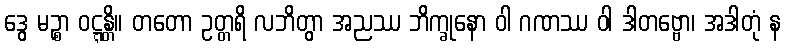
ဒွေ မဉ္စာ ဝဋ္ဋန္တိ။ တတော ဥတ္တရိ လဘိတွာ အညဿ ဘိက္ခုနော ဝါ ဂဏဿ ဝါ ဒါတဗ္ဗော၊ အဒါတုံ န